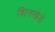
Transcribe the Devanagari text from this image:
शिनखेडे